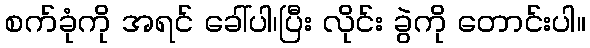
စက်ခုံကို အရင် ခေါ်ပါ၊ပြီး လိုင်း ခွဲကို တောင်းပါ။